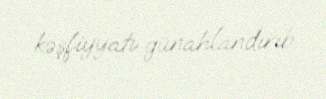
kəşfiyyatı günahlandırıb.